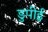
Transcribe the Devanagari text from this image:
डुपीई